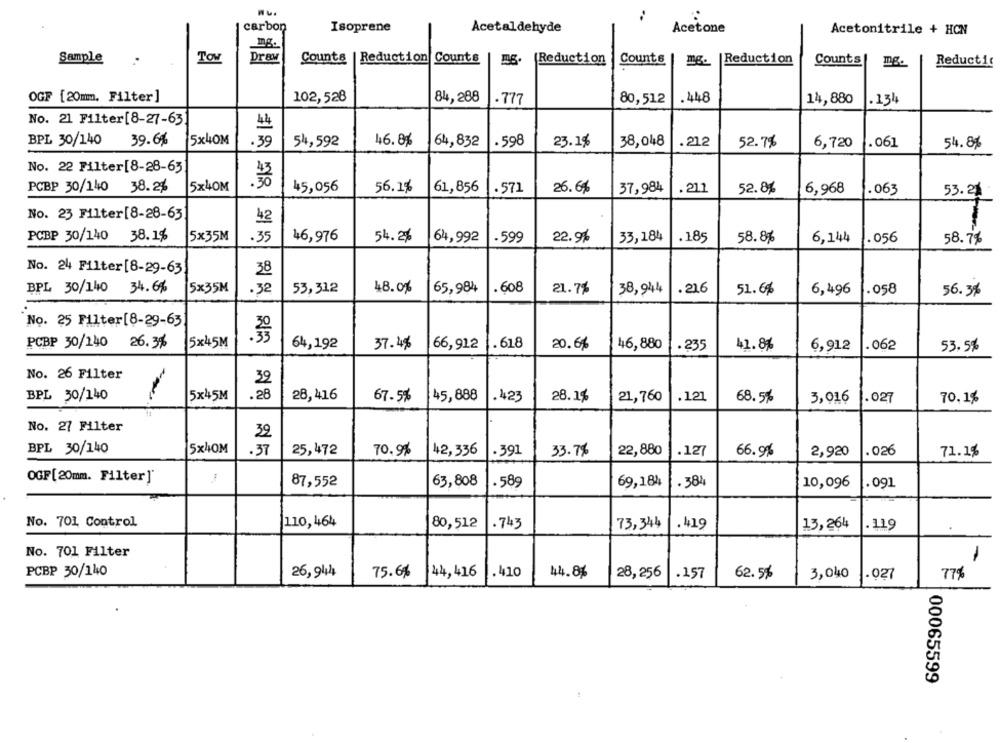
:
carbon
Isoprene
Acetaldehyde
Acetone
Acetonitrile + HCN
Sample
TOw
Draw
Counts | Reduction Counts
(Reduction
Counts
mg. |Reduction
Counts
mg.
Reductie
OGF [20mm. Filter]
102,528
84,288
.777
80,512
.448
14,880
.134
No. 21 Filter[8-27-63
4
BPL 30/140 39.6%
5x40M
39
46.8%
64,832
.598
.212
54,592
23.1%
38,048
52.7%
6,720
.061
54.8%
No. 22 Filter[8-28-63
PCBP 30/140
38.2%
5x40M
45,056
56.1%
61,856
.571
26.6%
37,984
.21.2
52.8%
6,968
.063
53.21
No. 23 Filter[8-28-63
42
PCBP 30/140 38.1%
5×35M
46,976
64,992
-599
22.9%
33,184
.185
58.81
6,144
.35
54.2%
.056
58.74
No. 24 Filter [8-29-63
38
BPL 30/140 34.6%
5×35M
.32
53,312
48.0%
65,984
. 608
21.7%
38,944
.21.6
51.6%
6,496
.058
56.3%
No. 25 Filter[8-29-63
PCBP 30/140 26. 3%
5x45M
64,192
37.48
66,912
. 618
20.6%
46,880
.235
41.8%
6,912
.062
53.5%
No. 26 Filter
39
BPL 30/140
5x45M
.28
28,416
67.5%
45,888
.423
28.1%
21,760
.121
68.5%
3,016
.027
70.1%
No. 27 Filter
39
BPL 30/140
5x4OM
37
25,472
70.9%
42,336
.391
33.78
22,880
.127
66.9%
2,920
.026
71.1%
OGF[20mm. Filter]'
87,552
63,808
. 589
69,184
. 384
10,096
.091
No. 701 Control
110,464
80,512
.743
73,344
. 419
13,264
119
No. 701 Filter
-
PCBP 30/140
26,944
44, 416
.410
75.6%
44.8%
28,256
.157
62.5%
3,040
.027
77%
00065599